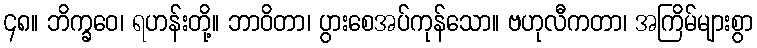
၄၈။ ဘိက္ခဝေ၊ ရဟန်းတို့။ ဘာဝိတာ၊ ပွားစေအပ်ကုန်သော။ ဗဟုလီကတာ၊ အကြိမ်များစွာ